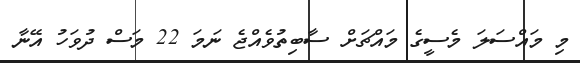
މި މައްސަލަ މެސީގެ މައްޗަށް ސާބިތުވެއްޖެ ނަމަ 22 މަސް ދުވަހު އޭނާ